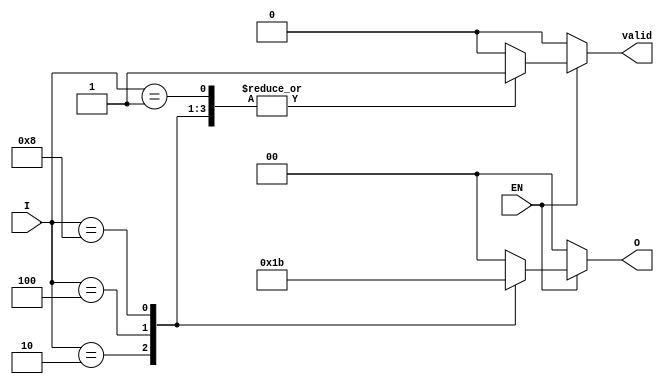
module one_of_n_encoder (
    input wire [3:0] I,    // 4 input lines
    input wire EN,         // Enable signal
    output reg [1:0] O,    // 2 output lines
    output reg valid        // Valid output signal
);

    always @(*) begin
        if (!EN) begin
            // If not enabled, output is default state
            O = 2'b00; // Default output
            valid = 0; // Invalid output
        end else begin
            case (I)
                4'b0001: begin
                    O = 2'b00; // Input 0 active
                    valid = 1;
                end
                4'b0010: begin
                    O = 2'b01; // Input 1 active
                    valid = 1;
                end
                4'b0100: begin
                    O = 2'b10; // Input 2 active
                    valid = 1;
                end
                4'b1000: begin
                    O = 2'b11; // Input 3 active
                    valid = 1;
                end
                default: begin
                    O = 2'b00; // Default output for invalid input
                    valid = 0; // Invalid output
                end
            endcase
        end
    end

endmodule